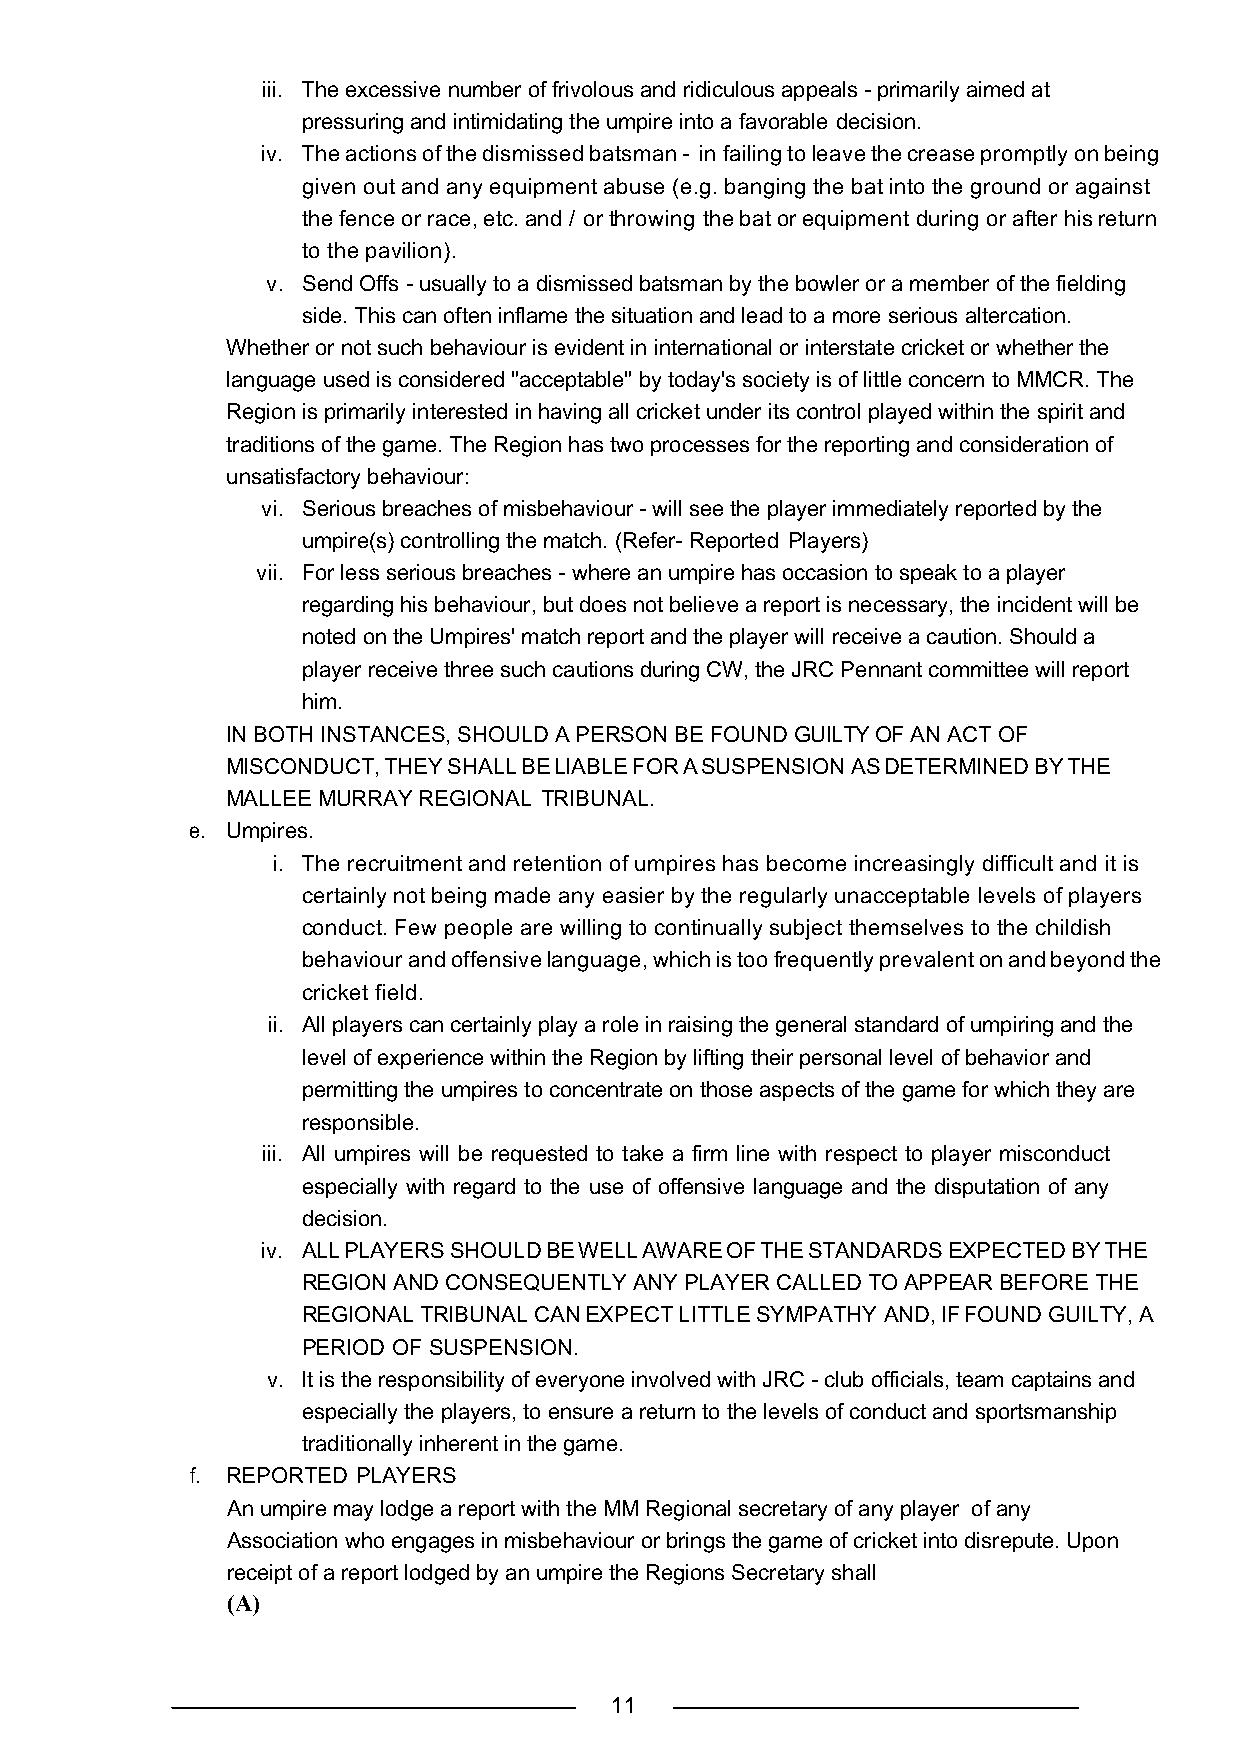
iii. The excessive number of frivolous and ridiculous appeals - primarily aimed at
 pressuring and intimidating the umpire into a favorable decision.
 iv. The actions of the dismissed batsman - in failing to leave the crease promptly on being
 given out and any equipment abuse (e.g. banging the bat into the ground or against
 the fence or race, etc. and / or throwing the bat or equipment during or after his return
 to the pavilion).
 v. Send Offs - usually to a dismissed batsman by the bowler or a member of the fielding
 side. This can often inflame the situation and lead to a more serious altercation.
 Whether or not such behaviour is evident in international or interstate cricket or whether the
 language used is considered "acceptable" by today's society is of little concern to MMCR. The
 Region is primarily interested in having all cricket under its control played within the spirit and
 traditions of the game. The Region has two processes for the reporting and consideration of
 unsatisfactory behaviour:
 vi. Serious breaches of misbehaviour - will see the player immediately reported by the
 umpire(s) controlling the match. (Refer- Reported Players)
 vii. For less serious breaches - where an umpire has occasion to speak to a player
 regarding his behaviour, but does not believe a report is necessary, the incident will be
 noted on the Umpires' match report and the player will receive a caution. Should a
 player receive three such cautions during CW, the JRC Pennant committee will report
 him.
 IN BOTH INSTANCES, SHOULD A PERSON BE FOUND GUILTY OF AN ACT OF
 MISCONDUCT, THEY SHALL BE LIABLE FOR A SUSPENSION AS DETERMINED BY THE
 MALLEE MURRAY REGIONAL TRIBUNAL.
 e. Umpires.
 i. The recruitment and retention of umpires has become increasingly difficult and it is
 certainly not being made any easier by the regularly unacceptable levels of players
 conduct. Few people are willing to continually subject themselves to the childish
 behaviour and offensive language, which is too frequently prevalent on and beyond the
 cricket field.
 ii. All players can certainly play a role in raising the general standard of umpiring and the
 level of experience within the Region by lifting their personal level of behavior and
 permitting the umpires to concentrate on those aspects of the game for which they are
 responsible.
 iii. All umpires will be requested to take a firm line with respect to player misconduct
 especially with regard to the use of offensive language and the disputation of any
 decision.
 iv. ALL PLAYERS SHOULD BE WELL AWARE OF THE STANDARDS EXPECTED BY THE
 REGION AND CONSEQUENTLY ANY PLAYER CALLED TO APPEAR BEFORE THE
 REGIONAL TRIBUNAL CAN EXPECT LITTLE SYMPATHY AND, IF FOUND GUILTY, A
 PERIOD OF SUSPENSION.
 v. It is the responsibility of everyone involved with JRC - club officials, team captains and
 especially the players, to ensure a return to the levels of conduct and sportsmanship
 traditionally inherent in the game.
 f. REPORTED PLAYERS
 An umpire may lodge a report with the MM Regional secretary of any player of any
 Association who engages in misbehaviour or brings the game of cricket into disrepute. Upon
 receipt of a report lodged by an umpire the Regions Secretary shall
 (A)
 11